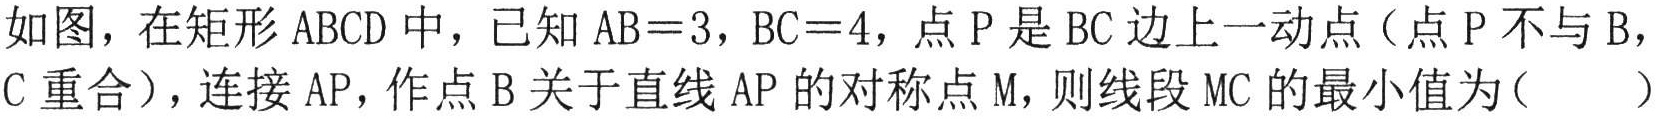
如图，在矩形\(ABCD\)中，已知\(AB = 3，BC = 4\)，点\(P\)是\(BC\)边上一动点（点\(P\)不与\(B\)，\(C\)重合），连接\(AP\)，作点\(B\)关于直线\(AP\)的对称点\(M\)，则线段\(MC\)的最小值为（  ）